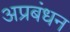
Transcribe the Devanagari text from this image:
अप्रबंधन